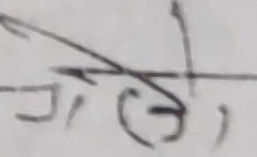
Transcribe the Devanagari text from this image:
गे हो